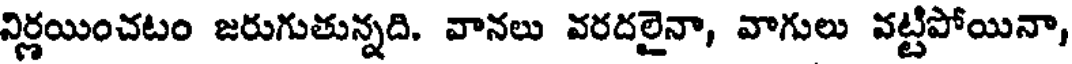
నిర్ణయించటం జరుగుతున్నది. వానలు వరదలైనా, వాగులు వట్టిపోయినా,